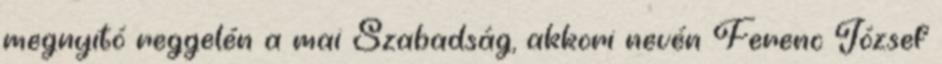
megnyitó reggelén a mai Szabadság, akkori nevén Ferenc József